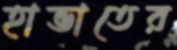
হাভাতের